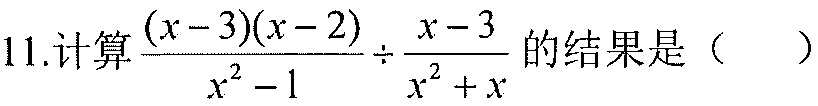
11.计算\(\frac{(x - 3)(x - 2)}{x^{2}-1}\div\frac{x - 3}{x^{2}+x}\)的结果是（  ）